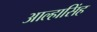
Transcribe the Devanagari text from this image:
आल्हासिंह